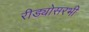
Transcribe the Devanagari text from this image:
रीड्योसरभी